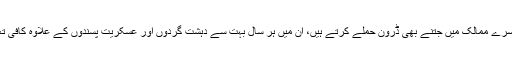
امریکی خفیہ ادارے مجموعی طور پر دوسرے ممالک میں جتنے بھی ڈرون حملے کرتے ہیں، ان میں ہر سال بہت سے دہشت گردوں اور عسکریت پسندوں کے علاوہ کافی تعداد میں عام شہری بھی مارے جاتے ہیں۔